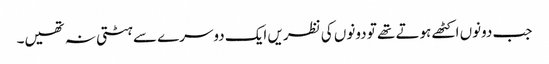
جب دونوں اکٹھے ہوتے تھے تو دونوں کی نظریں ایک دوسرے سے ہٹتی نہ تھیں۔